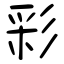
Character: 彩